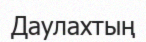
Даулахтың